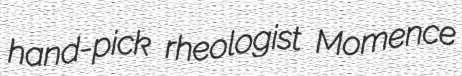
hand-pick rheologist Momence